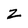
Character: z